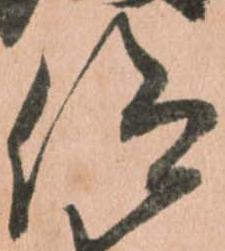
仰